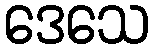
ဒေသေ